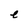
Character: e